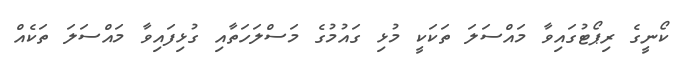
ކޯނީގެ ރިޕޯޓުގައިވާ މައްސަލަ ތަކަކީ މުޅި ގައުމުގެ މަސްލަހަތާއި ގުޅިފައިވާ މައްސަލަ ތަކެއް